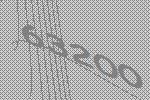
63200